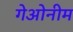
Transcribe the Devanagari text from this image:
गेओनीम